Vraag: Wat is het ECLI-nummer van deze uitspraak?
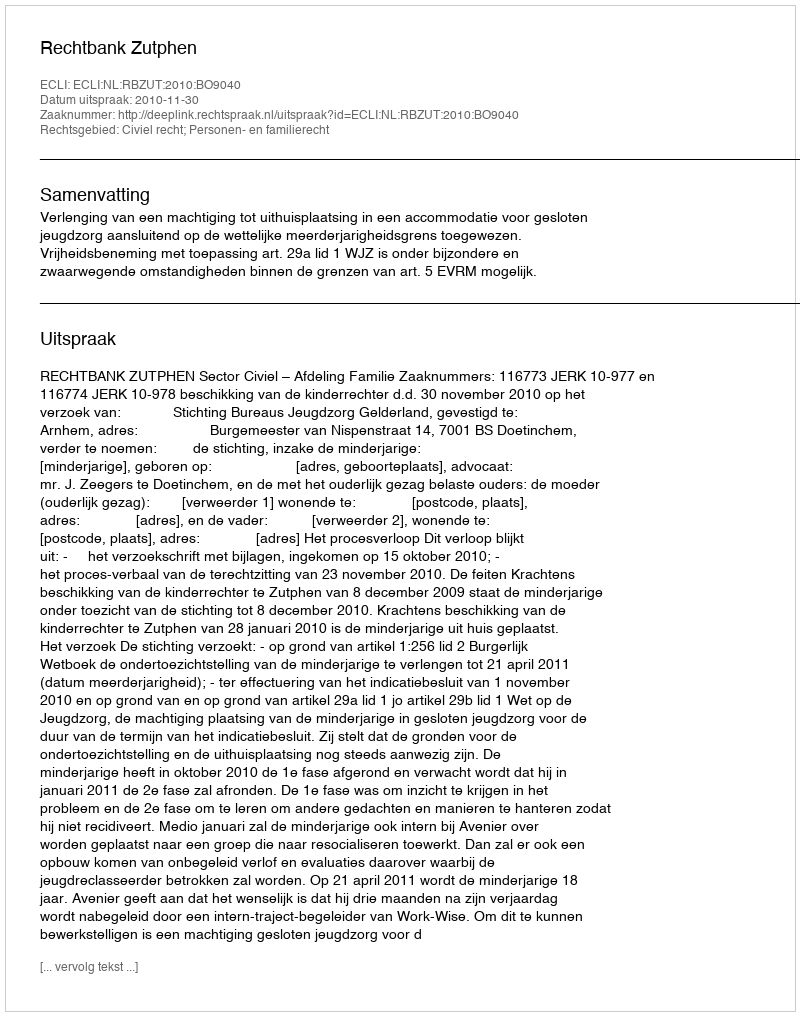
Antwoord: ECLI:NL:RBZUT:2010:BO9040